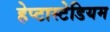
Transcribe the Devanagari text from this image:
हेप्टास्टेडियम